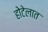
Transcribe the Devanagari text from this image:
होटेलात